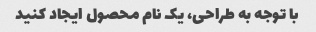
با توجه به طراحی، یک نام محصول ایجاد کنید